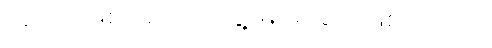
ပုံရိပ်အဖြစ် အရင် တွေ့ မြင်ရခြင်း ဖြစ်ပါတယ်။